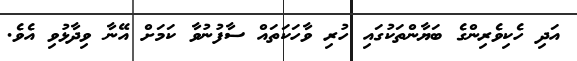
އަދި ހެކިވެރިންގެ ބަޔާންތަކުގައި ހުރި ވާހަކަތައް ސާފުނުވާ ކަމަށް އޭނާ ވިދާޅުވި އެވެ.